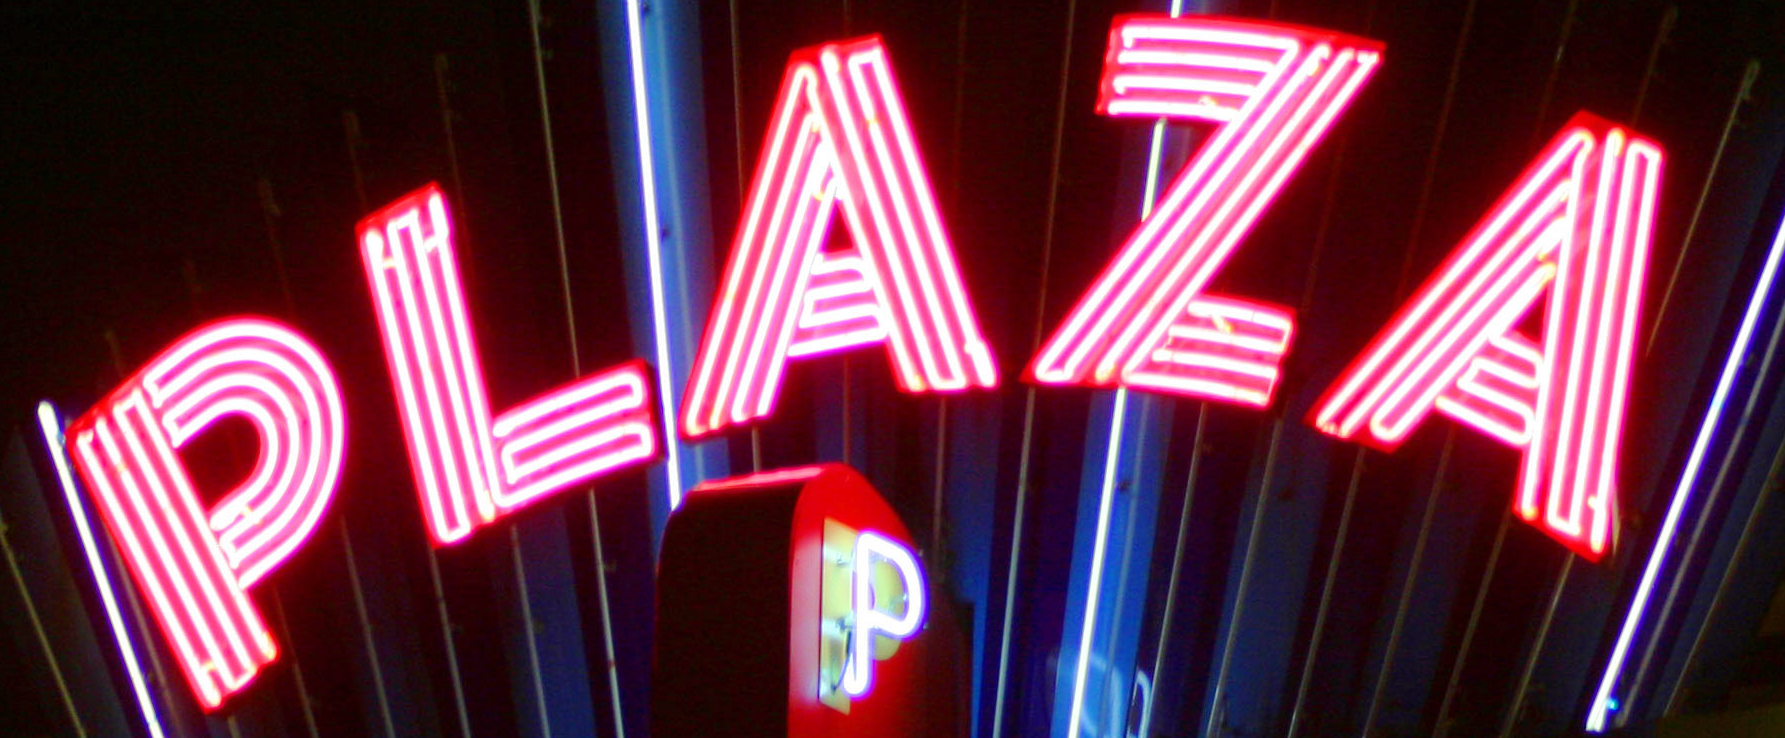
PLAZA